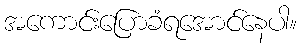
အကောင်းပြောခံရအောင်နေပါ။